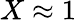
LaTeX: X\approx 1